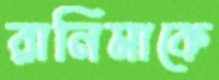
রানিমাকে